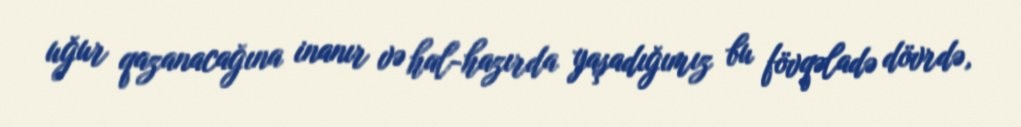
uğur qazanacağına inanır və hal-hazırda yaşadığımız bu fövqəladə dövrdə,